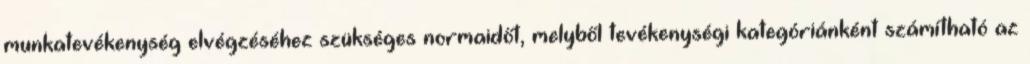
munkatevékenység elvégzéséhez szükséges normaidőt, melyből tevékenységi kategóriánként számítható az